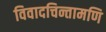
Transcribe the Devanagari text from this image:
विवादचिन्तामणि